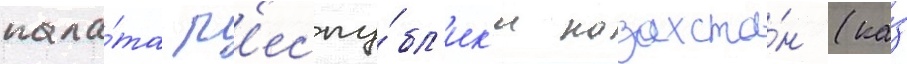
пала́та р'еспу́бл'ик'и казахста́н (ка́з